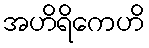
အဟိရိကေဟိ